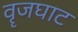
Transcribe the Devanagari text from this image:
वॄजघाट